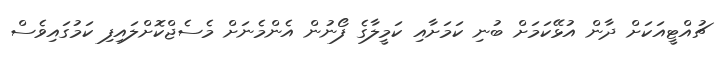
ޗުއްޓީއަކަށް ދާން އުޅޭކަމަށް ބުނި ކަމަށާއި ކަމީލާގެ ފޯނުން އެންމެނަށް މެސެޖްކޮށްލައިފި ކަމުގައިވެސް